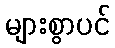
များစွာပင်